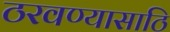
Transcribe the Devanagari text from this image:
ठरवण्यासाठि